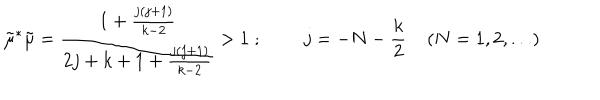
\tilde { \mu } ^ { * } \tilde { \mu } = \frac { 1 + \frac { j ( j + 1 ) } { k - 2 } } { 2 j + k + 1 + \frac { j ( j + 1 ) } { k - 2 } } > 1 \; ; \; \; j = - N - \frac { k } { 2 } \; ( N = { 1 , 2 , . . . } )